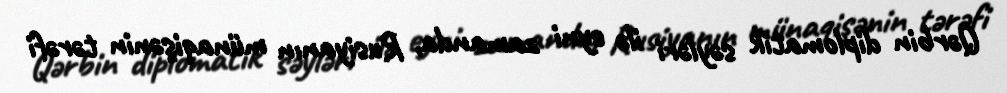
Qərbin diplomatik səyləri ilə eyni zamanda, Rusiyanın münaqişənin tərəfi